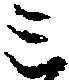
ミ